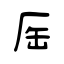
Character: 厒